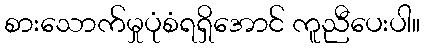
စားသောက်မှုပုံစံရရှိအောင် ကူညီပေးပါ။